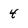
Character: 4